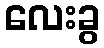
လေးခွ